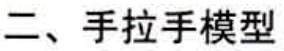
二、手拉手模型